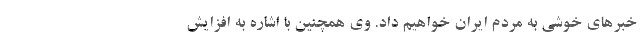
خبرهای خوشی به مردم ایران خواهیم داد. وی همچنین با اشاره به افزایش